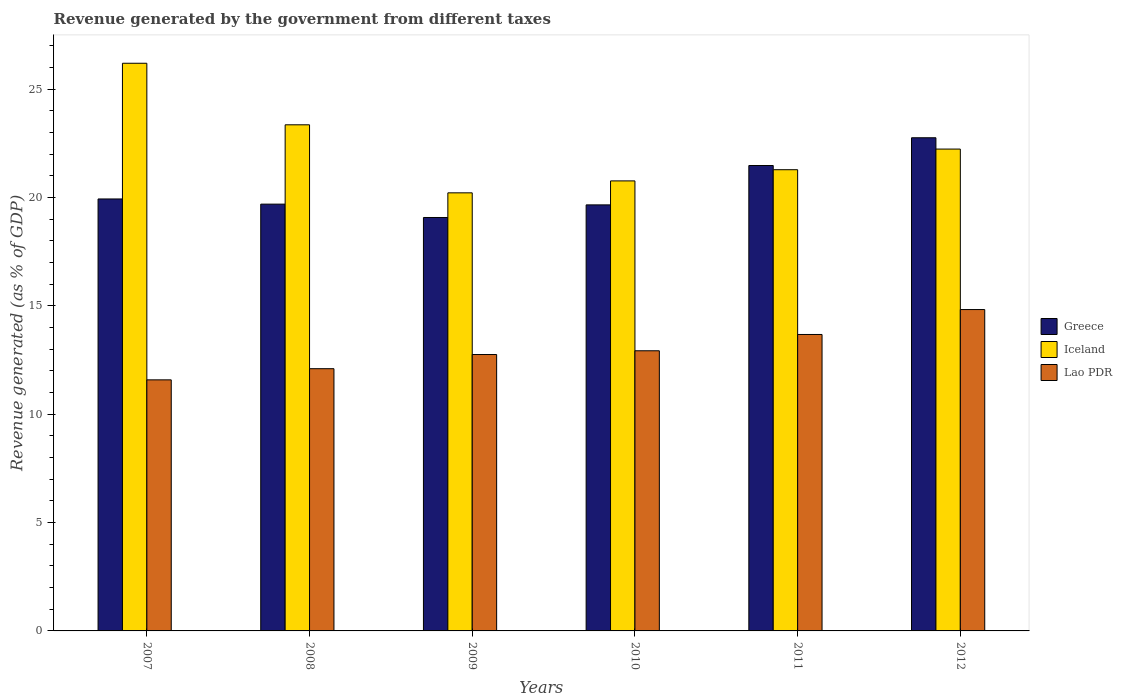
| Years | Greece | Iceland | Lao PDR |
 | --- | --- | --- | --- |
 | 2007 | 19.9 | 26.2 | 11.6 |
 | 2008 | 19.7 | 23.4 | 12.1 |
 | 2009 | 19.1 | 20.2 | 12.8 |
 | 2010 | 19.7 | 20.8 | 12.9 |
 | 2011 | 21.5 | 21.3 | 13.7 |
 | 2012 | 22.8 | 22.2 | 14.8 |